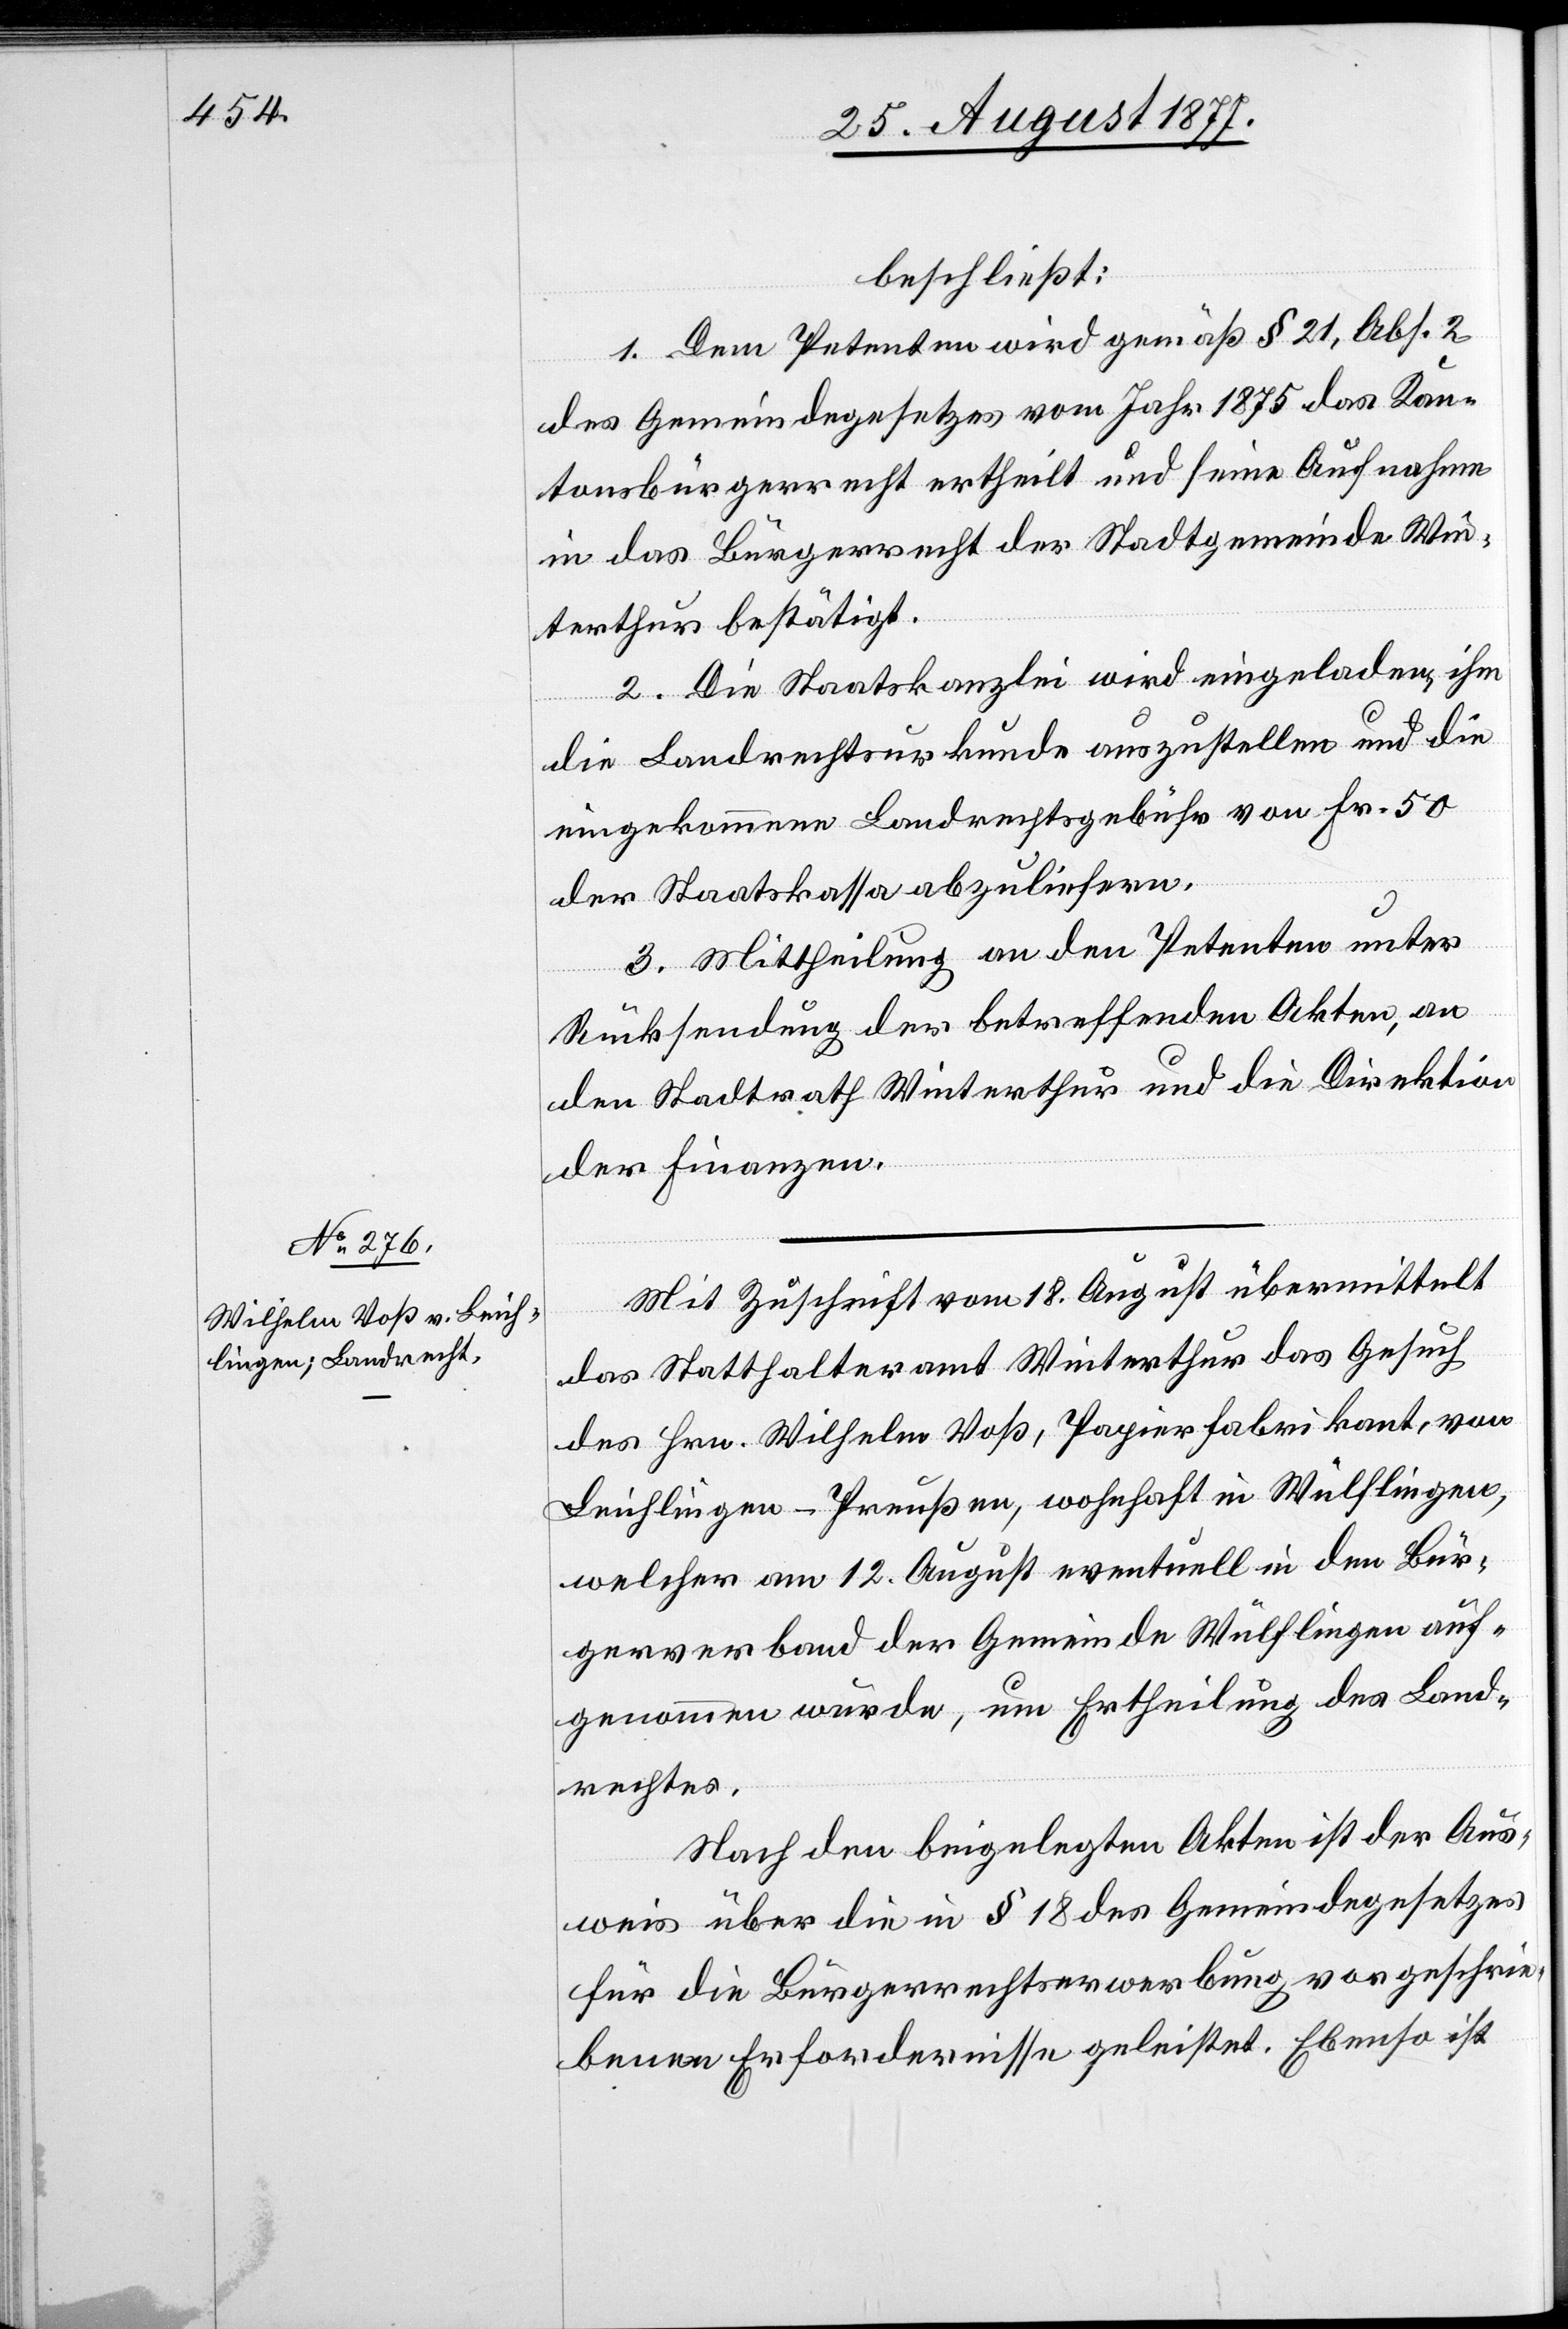
beschließt:
1. Dem Petenten wird gemäß § 21, Abs. 2
des Gemeindegesetzes vom Jahr 1875 das Kan¬
tonsbürgerrecht ertheilt und seine Aufnahme
in das Bürgerrecht der Stadtgemeinde Win¬
terthur bestätigt.
2. Die Staatskanzlei wird eingeladen, ihm
die Landrechtsurkunde auszustellen und die
eingekommene Landrechtsgebühr von Fr. 50
der Staatskassa abzuliefern.
3. Mittheilung an den Petenten unter
Rücksendung der betreffenden Akten, an
den Stadtrath Winterthur und die Direktion
der Finanzen.
Mit Zuschrift vom 18. August übermittelt
das Statthalteramt Winterthur das Gesuch
des Hrn. Wilhelm Voß, Papierfabrikant, von
Leichlingen - Preußen, wohnhaft in Wülflingen,
welcher am 12. August eventuell in den Bür¬
gerverband der Gemeinde Wülflingen auf¬
genommen wurde, um Ertheilung des Land¬
rechtes.
Nach den beigelegten Akten ist der Aus¬
weis über die in § 18 des Gemeindegesetzes
für die Bürgerrechtserwerbung vorgeschrie¬
benen Erfordernisse geleistet. Ebenso ist